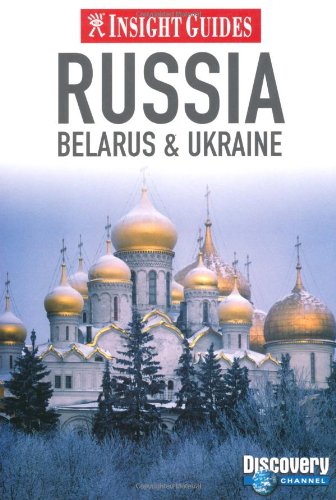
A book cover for Russia: Belarus & Ukraine (Insight Guides); Insight Guides; Travel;